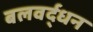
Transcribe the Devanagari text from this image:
बलवर्द्धन